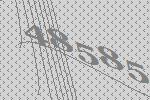
48585